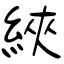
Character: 綊